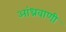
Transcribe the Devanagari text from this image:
आंध्रवाणी